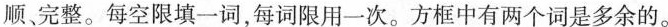
顺、完整。每空限填一词,每词限用一次.方框中有两个词是多余的.。